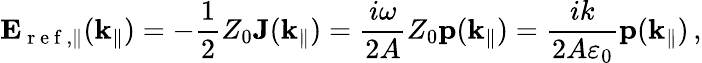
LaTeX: \mathbf{E}_{\mathrm{~r~e~f~},\| }(\mathbf{k}_{\| })=-\frac{1}{2}Z_{0}\mathbf{J}(\mathbf{k}_{\| })=\frac{i\omega}{2A}Z_{0}\mathbf{p}(\mathbf{k}_{\| })=\frac{ik}{2A\varepsilon_{0}}\mathbf{p}(\mathbf{k}_{\| })\, ,